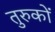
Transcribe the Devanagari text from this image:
तुरुकों